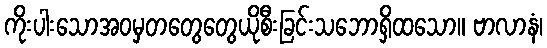
ကိုးပါးသောအဝမှတတွေတွေယိုစီးခြင်းသဘောရှိထသော။ ဗာလာနံ၊